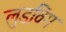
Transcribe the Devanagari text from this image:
लुडविंग